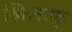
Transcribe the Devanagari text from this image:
खिलाफ्